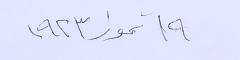
١٩ تموز ١٩٢٣